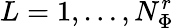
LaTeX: L=1,\dots,N_{\Phi}^{r}